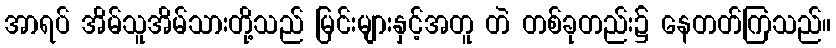
အာရပ် အိမ်သူအိမ်သားတို့သည် မြင်းများနှင့်အတူ တဲ တစ်ခုတည်း၌ နေတတ်ကြသည်။